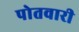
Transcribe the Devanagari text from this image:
पोतवारी